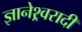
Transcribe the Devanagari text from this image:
ज्ञानेश्र्वरादी